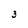
Character: 3